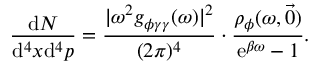
\frac { \mathrm { d } N } { \mathrm { d } ^ { 4 } x \mathrm { d } ^ { 4 } p } = \frac { | \omega ^ { 2 } g _ { \phi \gamma \gamma } ( \omega ) | ^ { 2 } } { ( 2 \pi ) ^ { 4 } } \cdot \frac { \rho _ { \phi } ( \omega , \vec { 0 } ) } { \mathrm { e } ^ { \beta \omega } - 1 } .